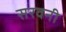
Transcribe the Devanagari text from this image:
सरवनी